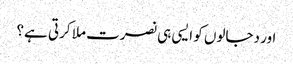
اور دجالوں کو ایسی ہی نصرت ملا کرتی ہے؟